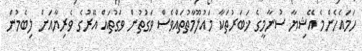
ހަމައެހެންމެ އޭޝިޔާ ސުނާމީގެ ޚަބަރުތަކާ މައުލޫމާތުތައްވެސް ވަގުތުން ވަގުތައް އޭރުގެ ވެރިޔާއަށް ލިބެމުން